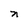
Character: n